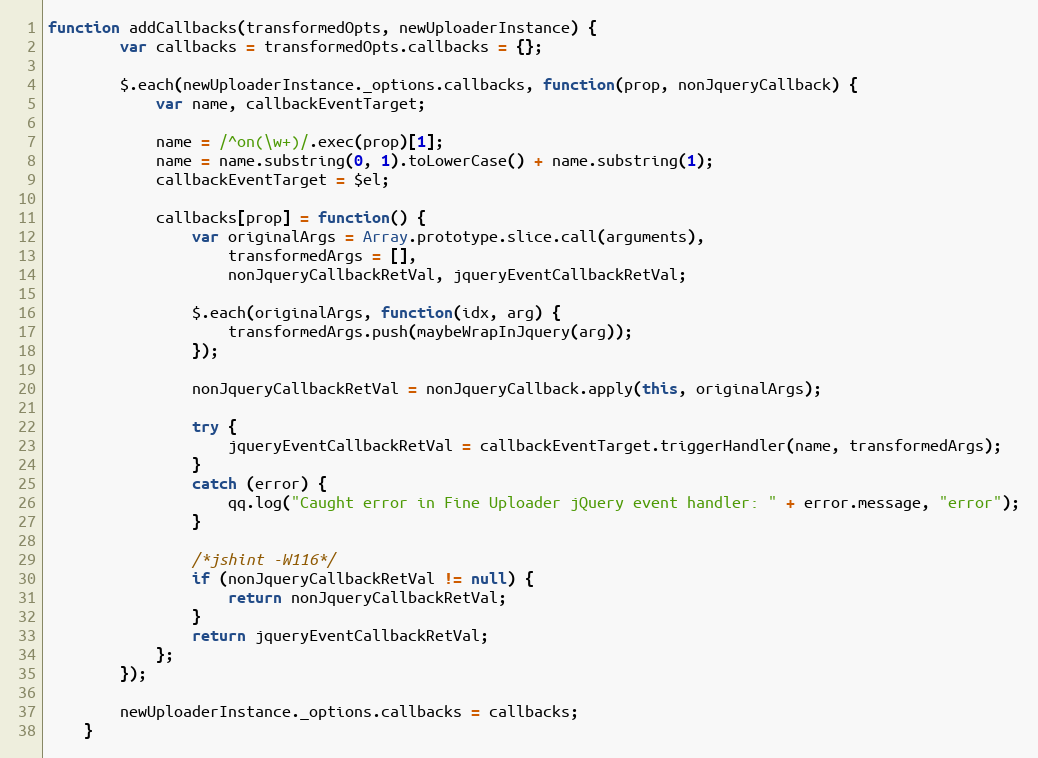
Language: JavaScript
function addCallbacks(transformedOpts, newUploaderInstance) {
        var callbacks = transformedOpts.callbacks = {};

        $.each(newUploaderInstance._options.callbacks, function(prop, nonJqueryCallback) {
            var name, callbackEventTarget;

            name = /^on(\w+)/.exec(prop)[1];
            name = name.substring(0, 1).toLowerCase() + name.substring(1);
            callbackEventTarget = $el;

            callbacks[prop] = function() {
                var originalArgs = Array.prototype.slice.call(arguments),
                    transformedArgs = [],
                    nonJqueryCallbackRetVal, jqueryEventCallbackRetVal;

                $.each(originalArgs, function(idx, arg) {
                    transformedArgs.push(maybeWrapInJquery(arg));
                });

                nonJqueryCallbackRetVal = nonJqueryCallback.apply(this, originalArgs);

                try {
                    jqueryEventCallbackRetVal = callbackEventTarget.triggerHandler(name, transformedArgs);
                }
                catch (error) {
                    qq.log("Caught error in Fine Uploader jQuery event handler: " + error.message, "error");
                }

                /*jshint -W116*/
                if (nonJqueryCallbackRetVal != null) {
                    return nonJqueryCallbackRetVal;
                }
                return jqueryEventCallbackRetVal;
            };
        });

        newUploaderInstance._options.callbacks = callbacks;
    }